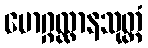
မောဂ္ဂလ္လာနသုတ္တံ